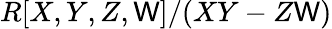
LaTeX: R[X,Y,Z,\mathsf{W}]/(XY-Z\mathsf{W})